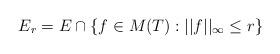
LaTeX: \begin{align*}E_{r} = E\cap \{f \in M(T): ||f||_{\infty} \le r\}\end{align*}